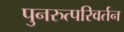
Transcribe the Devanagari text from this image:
पुनरुत्परिवर्तन